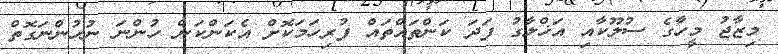
މިޒާޖު މީހާގެ ސުލޫކާއި އަޚްލާގު ފަދަ ކަންތައްތައް ފުރިހަމަކޮށް އެކަންކަން ހުންނަ ނުހުންނަގޮތް